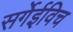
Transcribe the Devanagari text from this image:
सर्गेईविच